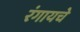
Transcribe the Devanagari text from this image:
रंगायचे